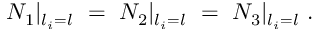
N _ { 1 } | _ { l _ { i } = l } ~ = ~ N _ { 2 } | _ { l _ { i } = l } { } ~ = ~ N _ { 3 } | _ { l _ { i } = l } ~ .